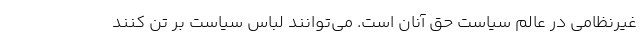
غیرنظامی در عالم سیاست حق آنان است. می‌توانند لباس سیاست بر تن کنند